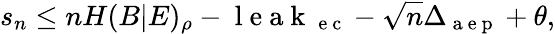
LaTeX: s_{n}\leq nH(B|E)_{\rho}-\mathrm{~l~e~a~k~}_{\mathrm{~e~c~}}-\sqrt{n}\Delta_{\mathrm{~a~e~p~}}+\theta,